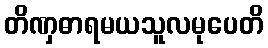
တိဏှဓာရမယသူလမုပေတိ